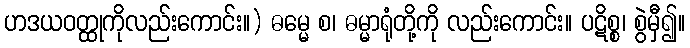
ဟဒယဝတ္ထုကိုလည်းကောင်း။) ဓမ္မေ စ၊ ဓမ္မာရုံတို့ကို လည်းကောင်း။ ပဋိစ္စ၊ စွဲမှီ၍။